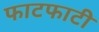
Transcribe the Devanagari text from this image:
फाटफाटी